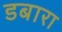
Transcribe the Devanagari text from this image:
डबारा